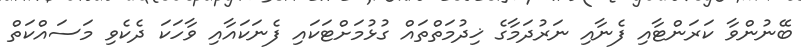
ބޭނުންވާ ކަރަންޓާއި ފެނާއި ނަރުދަމާގެ ޚިދުމަތްތައް ގުޅުމަށްޓަކައި ފެނަކައާއި ވާހަކަ ދެކެވި މަސައްކަތް